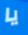
يا